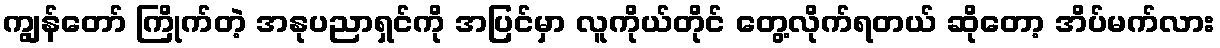
ကျွန်တော် ကြိုက်တဲ့ အနုပညာရှင်ကို အပြင်မှာ လူကိုယ်တိုင် တွေ့လိုက်ရတယ် ဆိုတော့ အိပ်မက်လား